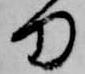
刀